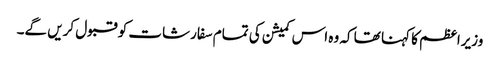
وزیراعظم کا کہنا تھا کہ وہ اس کمیشن کی تمام سفارشات کو قبول کریں گے۔